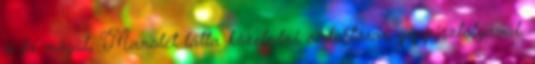
a fa mögül, Manolét látta közeledni a dobtáras géppisztolyával.